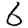
Digit: 6